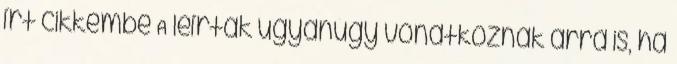
írt cikkembe A leírtak ugyanúgy vonatkoznak arra is, ha